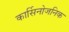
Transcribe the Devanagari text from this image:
कार्सिनोजनिक